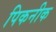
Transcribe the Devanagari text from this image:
पिकनीक